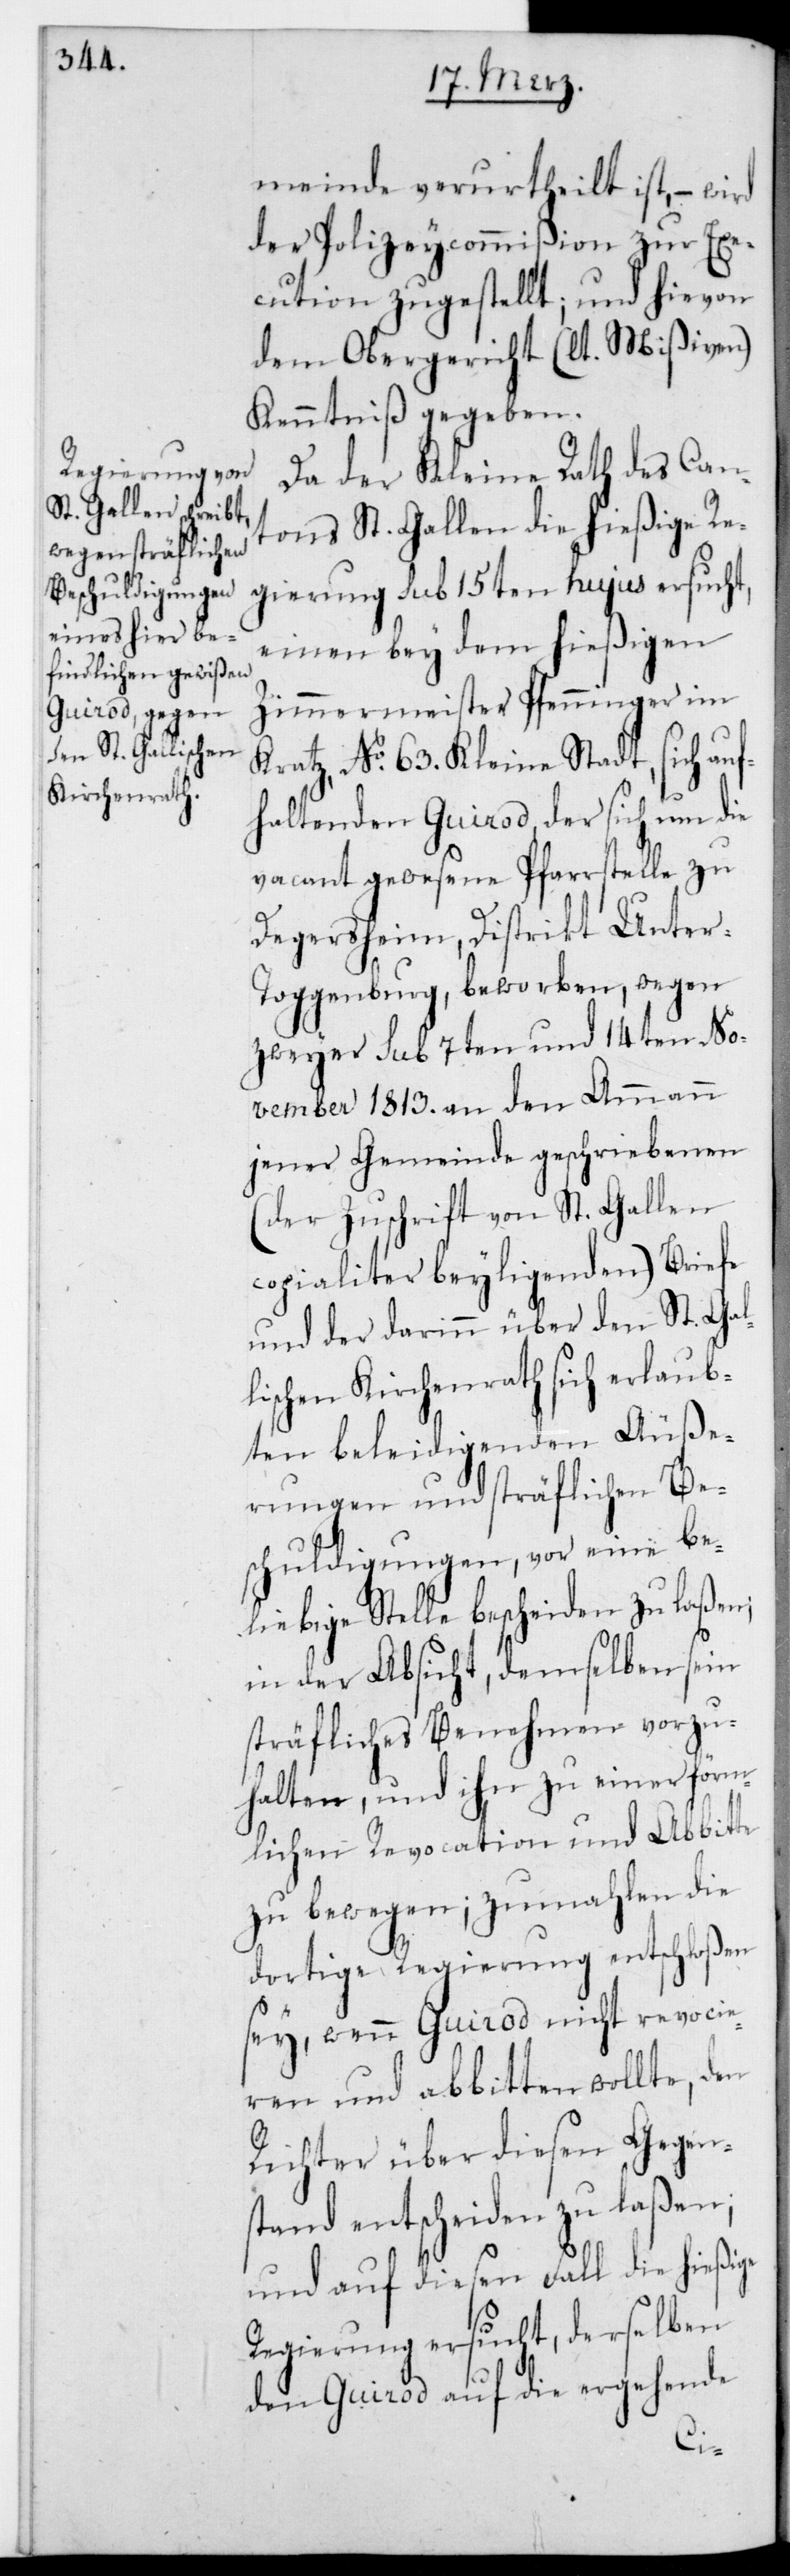
meinde verurtheilt ist, – wird
der Polizey-Commißion zur Exe¬
cutiuon zugestellt; und hievon
dem Obergericht (lt. Mißiven)
Kenntniß gegeben.
Da der Kleine Rath des Can¬
tons St. Gallen die hießige Re¬
gierung sub 15ten hujus ersucht,
einen bey dem hießigen
Zimmermeister Pfenninger im
Krathz, No. 63. Kleine Stadt, sich au¬
fhaltenden Guirod, der sich um die
vacant gewesene Pfarrstelle zu
Degersheim, Distrikt Unter¬
toggenburg, beworben, wegen
zweyer sub 7ten und 14ten No¬
vember 1813. an den Ammann
jener Gemeinde geschriebenen
(der Zuschrift von St. Gallen
copialiter beyligenden) Briefe
und der darin über den St. Gal¬
lischen Kirchenrath sich erlaub¬
ten beleidigenden Äuße¬
rungen und sträflichen Be¬
schuldigungen, vor eine be¬
liebige Stelle bescheiden zu laßen,
in der Absicht, demselben sein
sträfliches Benehmen vorzu¬
halten, und ihn zu einer förm¬
lichen Revocation und Abbitte
zu bewegen; zumahlen die
dortige Regierung entschloßen
sey, wenn Guirod nicht revocie¬
ren und abbitten wollte, den
Richter über diesen Gegen¬
stand entscheiden zu laßen;
und auf diesen Fall die hießige
Regierung ersucht, derselben
den Guirod auf die ergehende